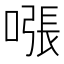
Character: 𫫧